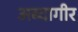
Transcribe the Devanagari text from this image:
अब्दागीर